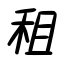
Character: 租